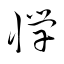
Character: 憚